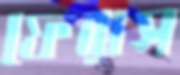
ফেরাস